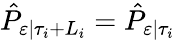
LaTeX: {\hat{P}}_{\varepsilon|\tau_{i}+L_{i}}={\hat{P}}_{\varepsilon|\tau_{i}}